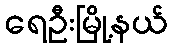
ရေဦးမြို့နယ်